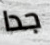
جدا